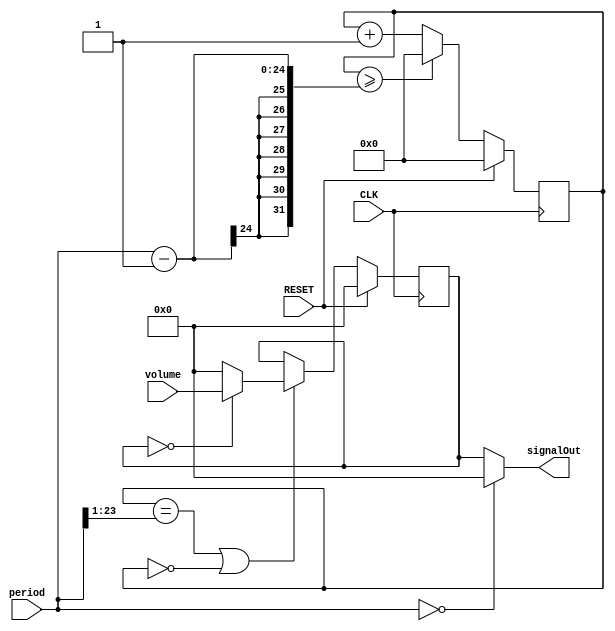
`timescale 1ns / 1ps
//////////////////////////////////////////////////////////////////////////////////
// Company: 
// Engineer: 
// 
// Design Name: 
// Module Name: music
// Project Name: 
// Target Devices: 
// Tool Versions: 
// Description: 
// 
// Dependencies: 
// 
// Revision:
// Revision 0.01 - File Created
// Additional Comments:
// 
//////////////////////////////////////////////////////////////////////////////////


module squarewave(
	input CLK,
	input RESET,
	input [23:0] period,
	input [3:0] volume,
	output [3:0] signalOut
	);

reg [23:0] countForPeriod;
reg [3:0] chOut;

 always@(posedge CLK)
  begin
    if(RESET)
      chOut <= 4'h0;
    else
      if(countForPeriod == (period>>1) || countForPeriod == 0)
        chOut <= (chOut == 0) ? volume : 4'h0;
      else
        chOut <= chOut;
  end

assign signalOut = (period == 0) ? 4'h0 : chOut;

 always@(posedge CLK)
  begin
    if(RESET)
      countForPeriod <= 4'h0;
    else
      if(countForPeriod >= period -1)
        countForPeriod <= 0;
      else
        countForPeriod <= countForPeriod + 1;
  end

endmodule